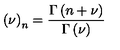
\left( \nu \right) _ { n } = \frac { \Gamma \left( n + \nu \right) } { \Gamma \left( \nu \right) } \,